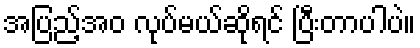
အပြည့်အဝ လုပ်မယ်ဆိုရင် ပြီးတာပါပဲ။